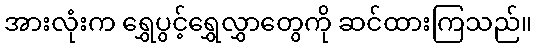
အားလုံးက ရွှေပွင့်ရွှေလွှာတွေကို ဆင်ထားကြသည်။